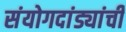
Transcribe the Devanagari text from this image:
संयोगदांड्यांची